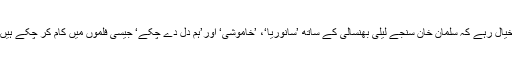
خیال رہے کہ سلمان خان سنجے لیلیٰ بھنسالی کے ساتھ ’سانوریا‘، ’خاموشی‘ اور’ہم دل دے چکے‘ جیسی فلموں میں کام کر چکے ہیں۔